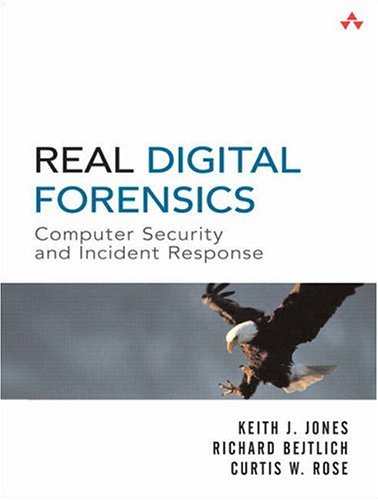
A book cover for Real Digital Forensics: Computer Security and Incident Response; Keith J. Jones; Computers & Technology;